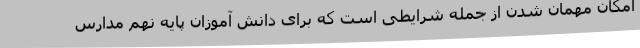
امکان مهمان شدن از جمله شرایطی است که برای دانش آموزان پایه نهم مدارس